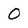
Character: O